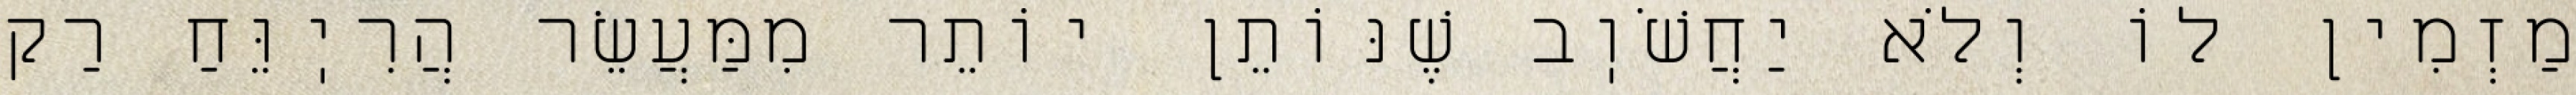
מַזְמִין לוֹ וְלֹא יַחֲשֹׁוֽב שֶׁנּוֹתֵן יוֹתֵר מִמַּעֲשֵׂר הֲרִיֽוֵּחַ רַק